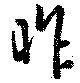
昨